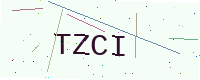
Text: TZCI